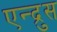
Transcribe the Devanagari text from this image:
एन्द्रुस